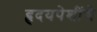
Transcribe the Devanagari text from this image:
हृदयपेशींचे